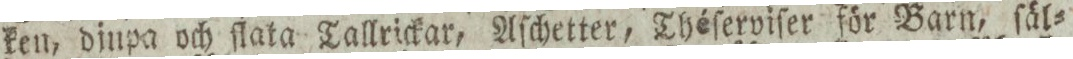
ken, dinpa och flata Tallrickar, Aſchetter, Théſerviſer för Barn, ſäl=